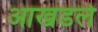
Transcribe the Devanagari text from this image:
आखडले